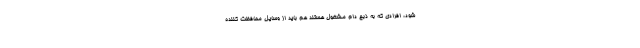
شود، افرادی که به ذبح دام مشغول هستند هم باید از وسایل محافظت کننده